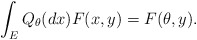
\begin{align*}\int_EQ_\theta(dx)F(x,y)=F(\theta,y).\end{align*}